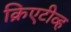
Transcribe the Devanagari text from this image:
क्रिएटीव्ह